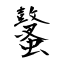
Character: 鼜